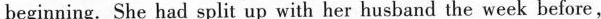
beginning. She had split up with her husband the week before,